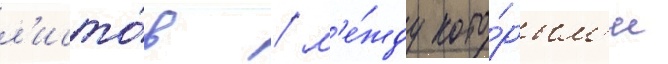
л'исто́в / м'е́жду кото́рым'и